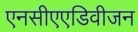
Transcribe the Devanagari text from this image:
एनसीएएडिवीजन